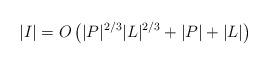
LaTeX: \begin{align*} |I|=O\left(|P|^{2/3}|L|^{2/3}+|P|+|L|\right) \end{align*}